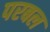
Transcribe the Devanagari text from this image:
परबल